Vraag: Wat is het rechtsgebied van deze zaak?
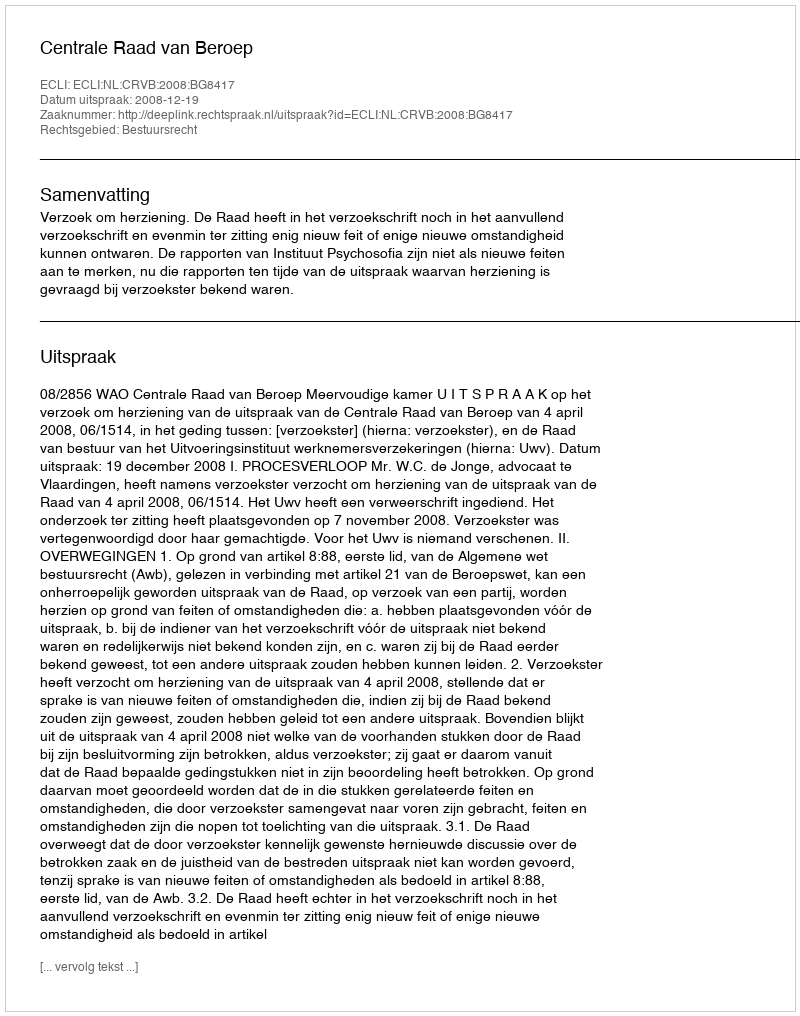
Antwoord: Bestuursrecht